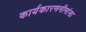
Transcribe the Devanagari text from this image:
कार्यकारणमीमांसा